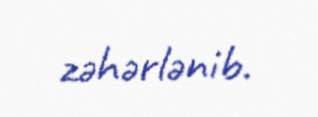
zəhərlənib.